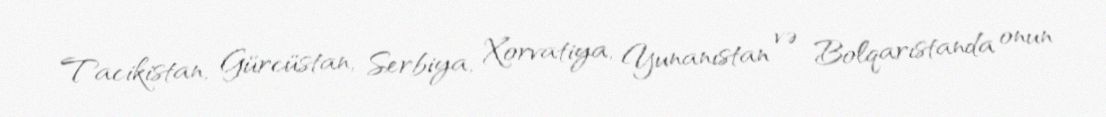
Tacikistan, Gürcüstan, Serbiya, Xorvatiya, Yunanıstan və Bolqarıstanda onun